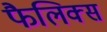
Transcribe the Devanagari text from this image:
फैलिक्स